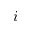
i